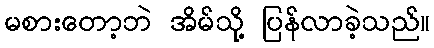
မစားတော့ဘဲ အိမ်သို့ ပြန်လာခဲ့သည်။